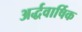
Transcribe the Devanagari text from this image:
अर्द्धवार्षिक